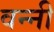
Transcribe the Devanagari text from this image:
वन्नी